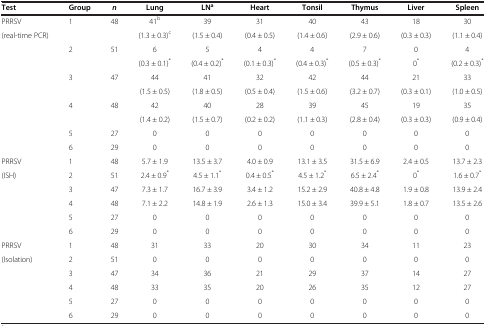
<table><thead><tr><td><b>Test</b></td><td><b>Group</b></td><td><b><i>n</i></b></td><td><b>Lung</b></td><td><b>LN<sup>a</sup></b></td><td><b>Heart</b></td><td><b>Tonsil</b></td><td><b>Thymus</b></td><td><b>Liver</b></td><td><b>Spleen</b></td></tr></thead><tbody><tr><td>PRRSV</td><td>1</td><td>48</td><td>41<sup>b</sup></td><td>39</td><td>31</td><td>40</td><td>43</td><td>18</td><td>30</td></tr><tr><td>(real-time PCR)</td><td> </td><td> </td><td>(1.3 ± 0.3)<sup>c</sup></td><td>(1.5 ± 0.4)</td><td>(0.4 ± 0.5)</td><td>(1.4 ± 0.6)</td><td>(2.9 ± 0.6)</td><td>(0.3 ± 0.3)</td><td>(1.1 ± 0.4)</td></tr><tr><td rowspan="2"> </td><td rowspan="2">2</td><td rowspan="2">51</td><td>6</td><td>5</td><td>4</td><td>4</td><td>7</td><td>0</td><td>4</td></tr><tr><td>(0.3 ± 0.1)<sup>*</sup></td><td>(0.4 ± 0.2)<sup>*</sup></td><td>(0.1 ± 0.3)<sup>*</sup></td><td>(0.4 ± 0.3)<sup>*</sup></td><td>(0.5 ± 0.3)<sup>*</sup></td><td>0<sup>*</sup></td><td>(0.2 ± 0.3)<sup>*</sup></td></tr><tr><td rowspan="6"> </td><td rowspan="2">3</td><td rowspan="2">47</td><td>44</td><td>41</td><td>32</td><td>42</td><td>44</td><td>21</td><td>33</td></tr><tr><td>(1.5 ± 0.5)</td><td>(1.8 ± 0.5)</td><td>(0.5 ± 0.4)</td><td>(1.5 ± 0.6)</td><td>(3.2 ± 0.7)</td><td>(0.3 ± 0.1)</td><td>(1.0 ± 0.5)</td></tr><tr><td rowspan="2">4</td><td rowspan="2">48</td><td>42</td><td>40</td><td>28</td><td>39</td><td>45</td><td>19</td><td>35</td></tr><tr><td>(1.4 ± 0.2)</td><td>(1.5 ± 0.7)</td><td>(0.2 ± 0.2)</td><td>(1.1 ± 0.3)</td><td>(2.8 ± 0.4)</td><td>(0.3 ± 0.3)</td><td>(0.9 ± 0.4)</td></tr><tr><td>5</td><td>27</td><td>0</td><td>0</td><td>0</td><td>0</td><td>0</td><td>0</td><td>0</td></tr><tr><td>6</td><td>29</td><td>0</td><td>0</td><td>0</td><td>0</td><td>0</td><td>0</td><td>0</td></tr><tr><td>PRRSV</td><td>1</td><td>48</td><td>5.7 ± 1.9</td><td>13.5 ± 3.7</td><td>4.0 ± 0.9</td><td>13.1 ± 3.5</td><td>31.5 ± 6.9</td><td>2.4 ± 0.5</td><td>13.7 ± 2.3</td></tr><tr><td rowspan="5">(ISH)</td><td>2</td><td>51</td><td>2.4 ± 0.9<sup>*</sup></td><td>4.5 ± 1.1<sup>*</sup></td><td>0.4 ± 0.5<sup>*</sup></td><td>4.5 ± 1.2<sup>*</sup></td><td>6.5 ± 2.4<sup>*</sup></td><td>0<sup>*</sup></td><td>1.6 ± 0.7<sup>*</sup></td></tr><tr><td>3</td><td>47</td><td>7.3 ± 1.7</td><td>16.7 ± 3.9</td><td>3.4 ± 1.2</td><td>15.2 ± 2.9</td><td>40.8 ± 4.8</td><td>1.9 ± 0.8</td><td>13.9 ± 2.4</td></tr><tr><td>4</td><td>48</td><td>7.1 ± 2.2</td><td>14.8 ± 1.9</td><td>2.6 ± 1.3</td><td>15.0 ± 3.4</td><td>39.9 ± 5.1</td><td>1.8 ± 0.7</td><td>13.5 ± 2.6</td></tr><tr><td>5</td><td>27</td><td>0</td><td>0</td><td>0</td><td>0</td><td>0</td><td>0</td><td>0</td></tr><tr><td>6</td><td>29</td><td>0</td><td>0</td><td>0</td><td>0</td><td>0</td><td>0</td><td>0</td></tr><tr><td>PRRSV</td><td>1</td><td>48</td><td>31</td><td>33</td><td>20</td><td>30</td><td>34</td><td>11</td><td>23</td></tr><tr><td rowspan="4">(Isolation)</td><td>2</td><td>51</td><td>0</td><td>0</td><td>0</td><td>0</td><td>0</td><td>0</td><td>0</td></tr><tr><td>3</td><td>47</td><td>34</td><td>36</td><td>21</td><td>29</td><td>37</td><td>14</td><td>27</td></tr><tr><td>4</td><td>48</td><td>33</td><td>35</td><td>20</td><td>26</td><td>35</td><td>12</td><td>27</td></tr><tr><td>5</td><td>27</td><td>0</td><td>0</td><td>0</td><td>0</td><td>0</td><td>0</td><td>0</td></tr><tr><td> </td><td>6</td><td>29</td><td>0</td><td>0</td><td>0</td><td>0</td><td>0</td><td>0</td><td>0</td></tr></tbody></table>